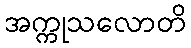
အက္ကုသလောတိ